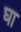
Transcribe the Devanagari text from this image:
घा